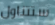
ستتناول